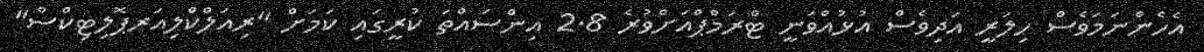
އެހެންނަމަވެސް ހިލަރީ އަދިވެސް އުޅުއްވަނީ ޓްރަމްޕްއަށްވުރެ 2.8 އިންސައްތަ ކުރީގައި ކަމަށް "ރިއަލްކްލިއަރޕޮލިޓިކްސް"